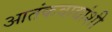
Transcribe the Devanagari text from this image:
आतंकवाद्यांशी